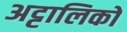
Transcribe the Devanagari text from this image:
अट्टालिकों